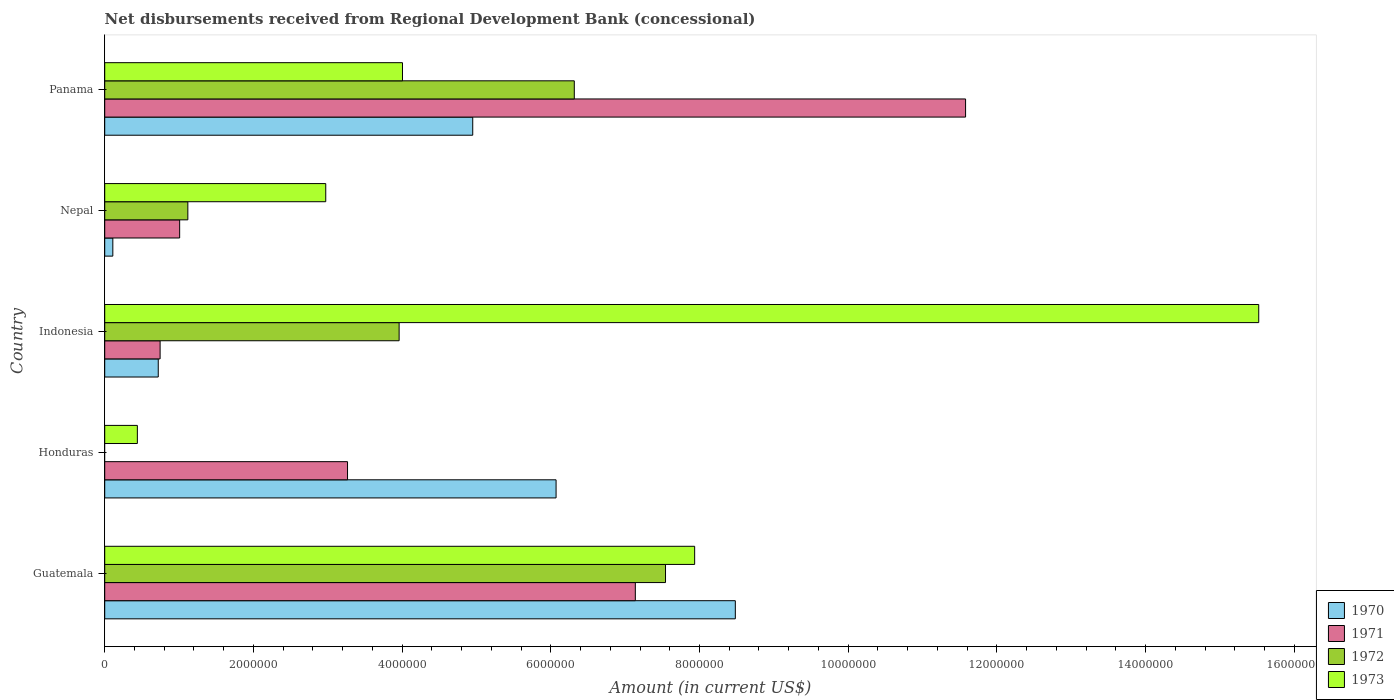
| Country | 1970 | 1971 | 1972 | 1973 |
 | --- | --- | --- | --- | --- |
 | Guatemala | 8.48e+06 | 7.14e+06 | 7.54e+06 | 7.94e+06 |
 | Honduras | 6.07e+06 | 3.27e+06 | -8.6e+04 | 4.39e+05 |
 | Indonesia | 7.2e+05 | 7.45e+05 | 3.96e+06 | 1.55e+07 |
 | Nepal | 1.09e+05 | 1.01e+06 | 1.12e+06 | 2.97e+06 |
 | Panama | 4.95e+06 | 1.16e+07 | 6.32e+06 | 4.00e+06 |